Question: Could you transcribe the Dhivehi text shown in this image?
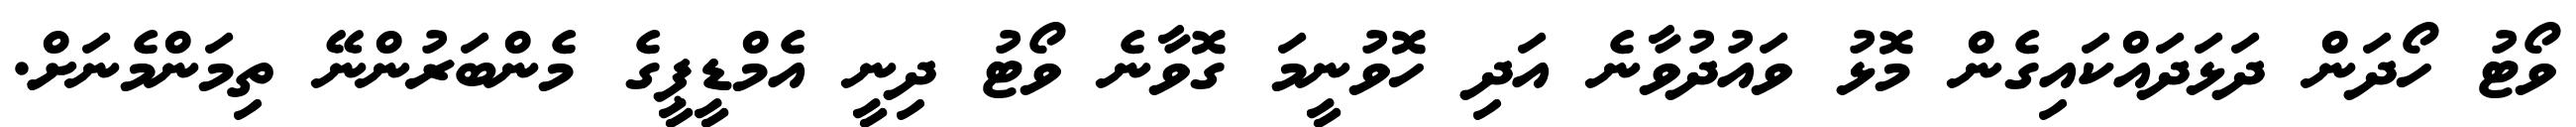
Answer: ވޯޓު ހޯދަން ދަޅަދައްކައިގެން މޮޅު ވައުދުވާނެ އަދި ހޮވުނީމަ ގޮވާނެ ވޯޓު ދިނީ އެމްޑީޕީގެ މެންބަރުންނޭ ތިމަންމެނަށް.